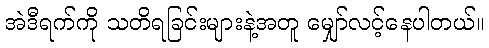
အဲဒီရက်ကို သတိရခြင်းများနဲ့အတူ မျှော်လင့်နေပါတယ်။